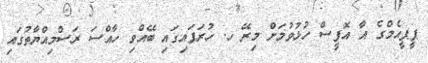
ޕީޕީއެމްގެ އާ އޮފީސް ހުޅުވުމަށް މިރޭ ހ. ހުރަފައިގައި ބޭއްވި ހާއްސަ ރަސްމިއްޔާތުގައި